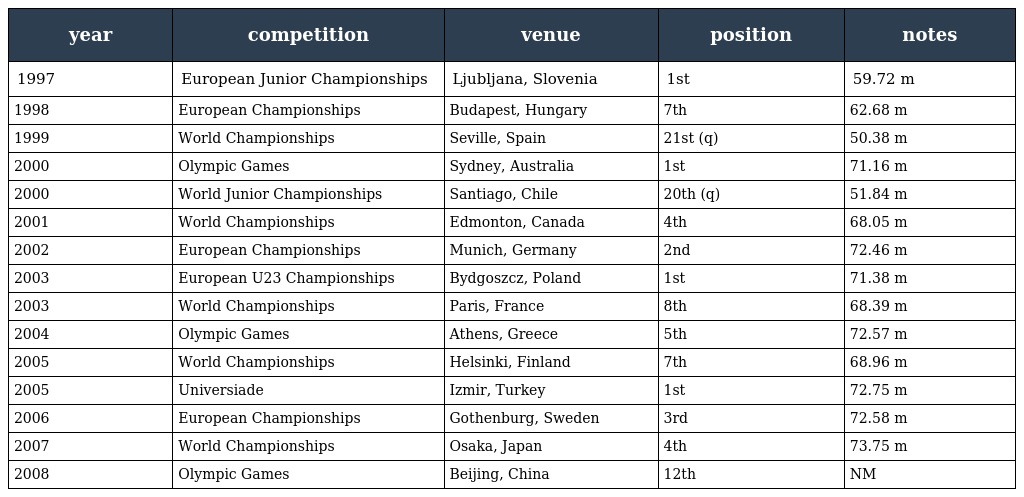
| year | competition | venue | position | notes |
 | --- | --- | --- | --- | --- |
 | 1997 | European Junior Championships | Ljubljana, Slovenia | 1st | 59.72 m |
 | 1998 | European Championships | Budapest, Hungary | 7th | 62.68 m |
 | 1999 | World Championships | Seville, Spain | 21st (q) | 50.38 m |
 | 2000 | Olympic Games | Sydney, Australia | 1st | 71.16 m |
 | 2000 | World Junior Championships | Santiago, Chile | 20th (q) | 51.84 m |
 | 2001 | World Championships | Edmonton, Canada | 4th | 68.05 m |
 | 2002 | European Championships | Munich, Germany | 2nd | 72.46 m |
 | 2003 | European U23 Championships | Bydgoszcz, Poland | 1st | 71.38 m |
 | 2003 | World Championships | Paris, France | 8th | 68.39 m |
 | 2004 | Olympic Games | Athens, Greece | 5th | 72.57 m |
 | 2005 | World Championships | Helsinki, Finland | 7th | 68.96 m |
 | 2005 | Universiade | Izmir, Turkey | 1st | 72.75 m |
 | 2006 | European Championships | Gothenburg, Sweden | 3rd | 72.58 m |
 | 2007 | World Championships | Osaka, Japan | 4th | 73.75 m |
 | 2008 | Olympic Games | Beijing, China | 12th | NM |